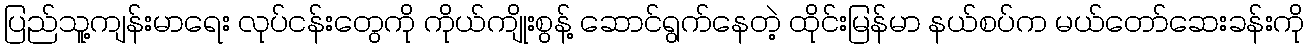
ပြည်သူ့ကျန်းမာရေး လုပ်ငန်းတွေကို ကိုယ်ကျိုးစွန့် ဆောင်ရွက်နေတဲ့ ထိုင်းမြန်မာ နယ်စပ်က မယ်တော်ဆေးခန်းကို